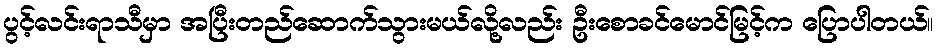
ပွင့်လင်းရာသီမှာ အပြီးတည်ဆောက်သွားမယ်လို့လည်း ဦးစောခင်မောင်မြင့်က ပြောပါတယ်။